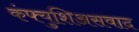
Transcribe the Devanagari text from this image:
कंफ्युशिअसवाद